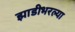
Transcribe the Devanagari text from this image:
झाडीभरल्या